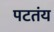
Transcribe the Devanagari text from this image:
पटतंय